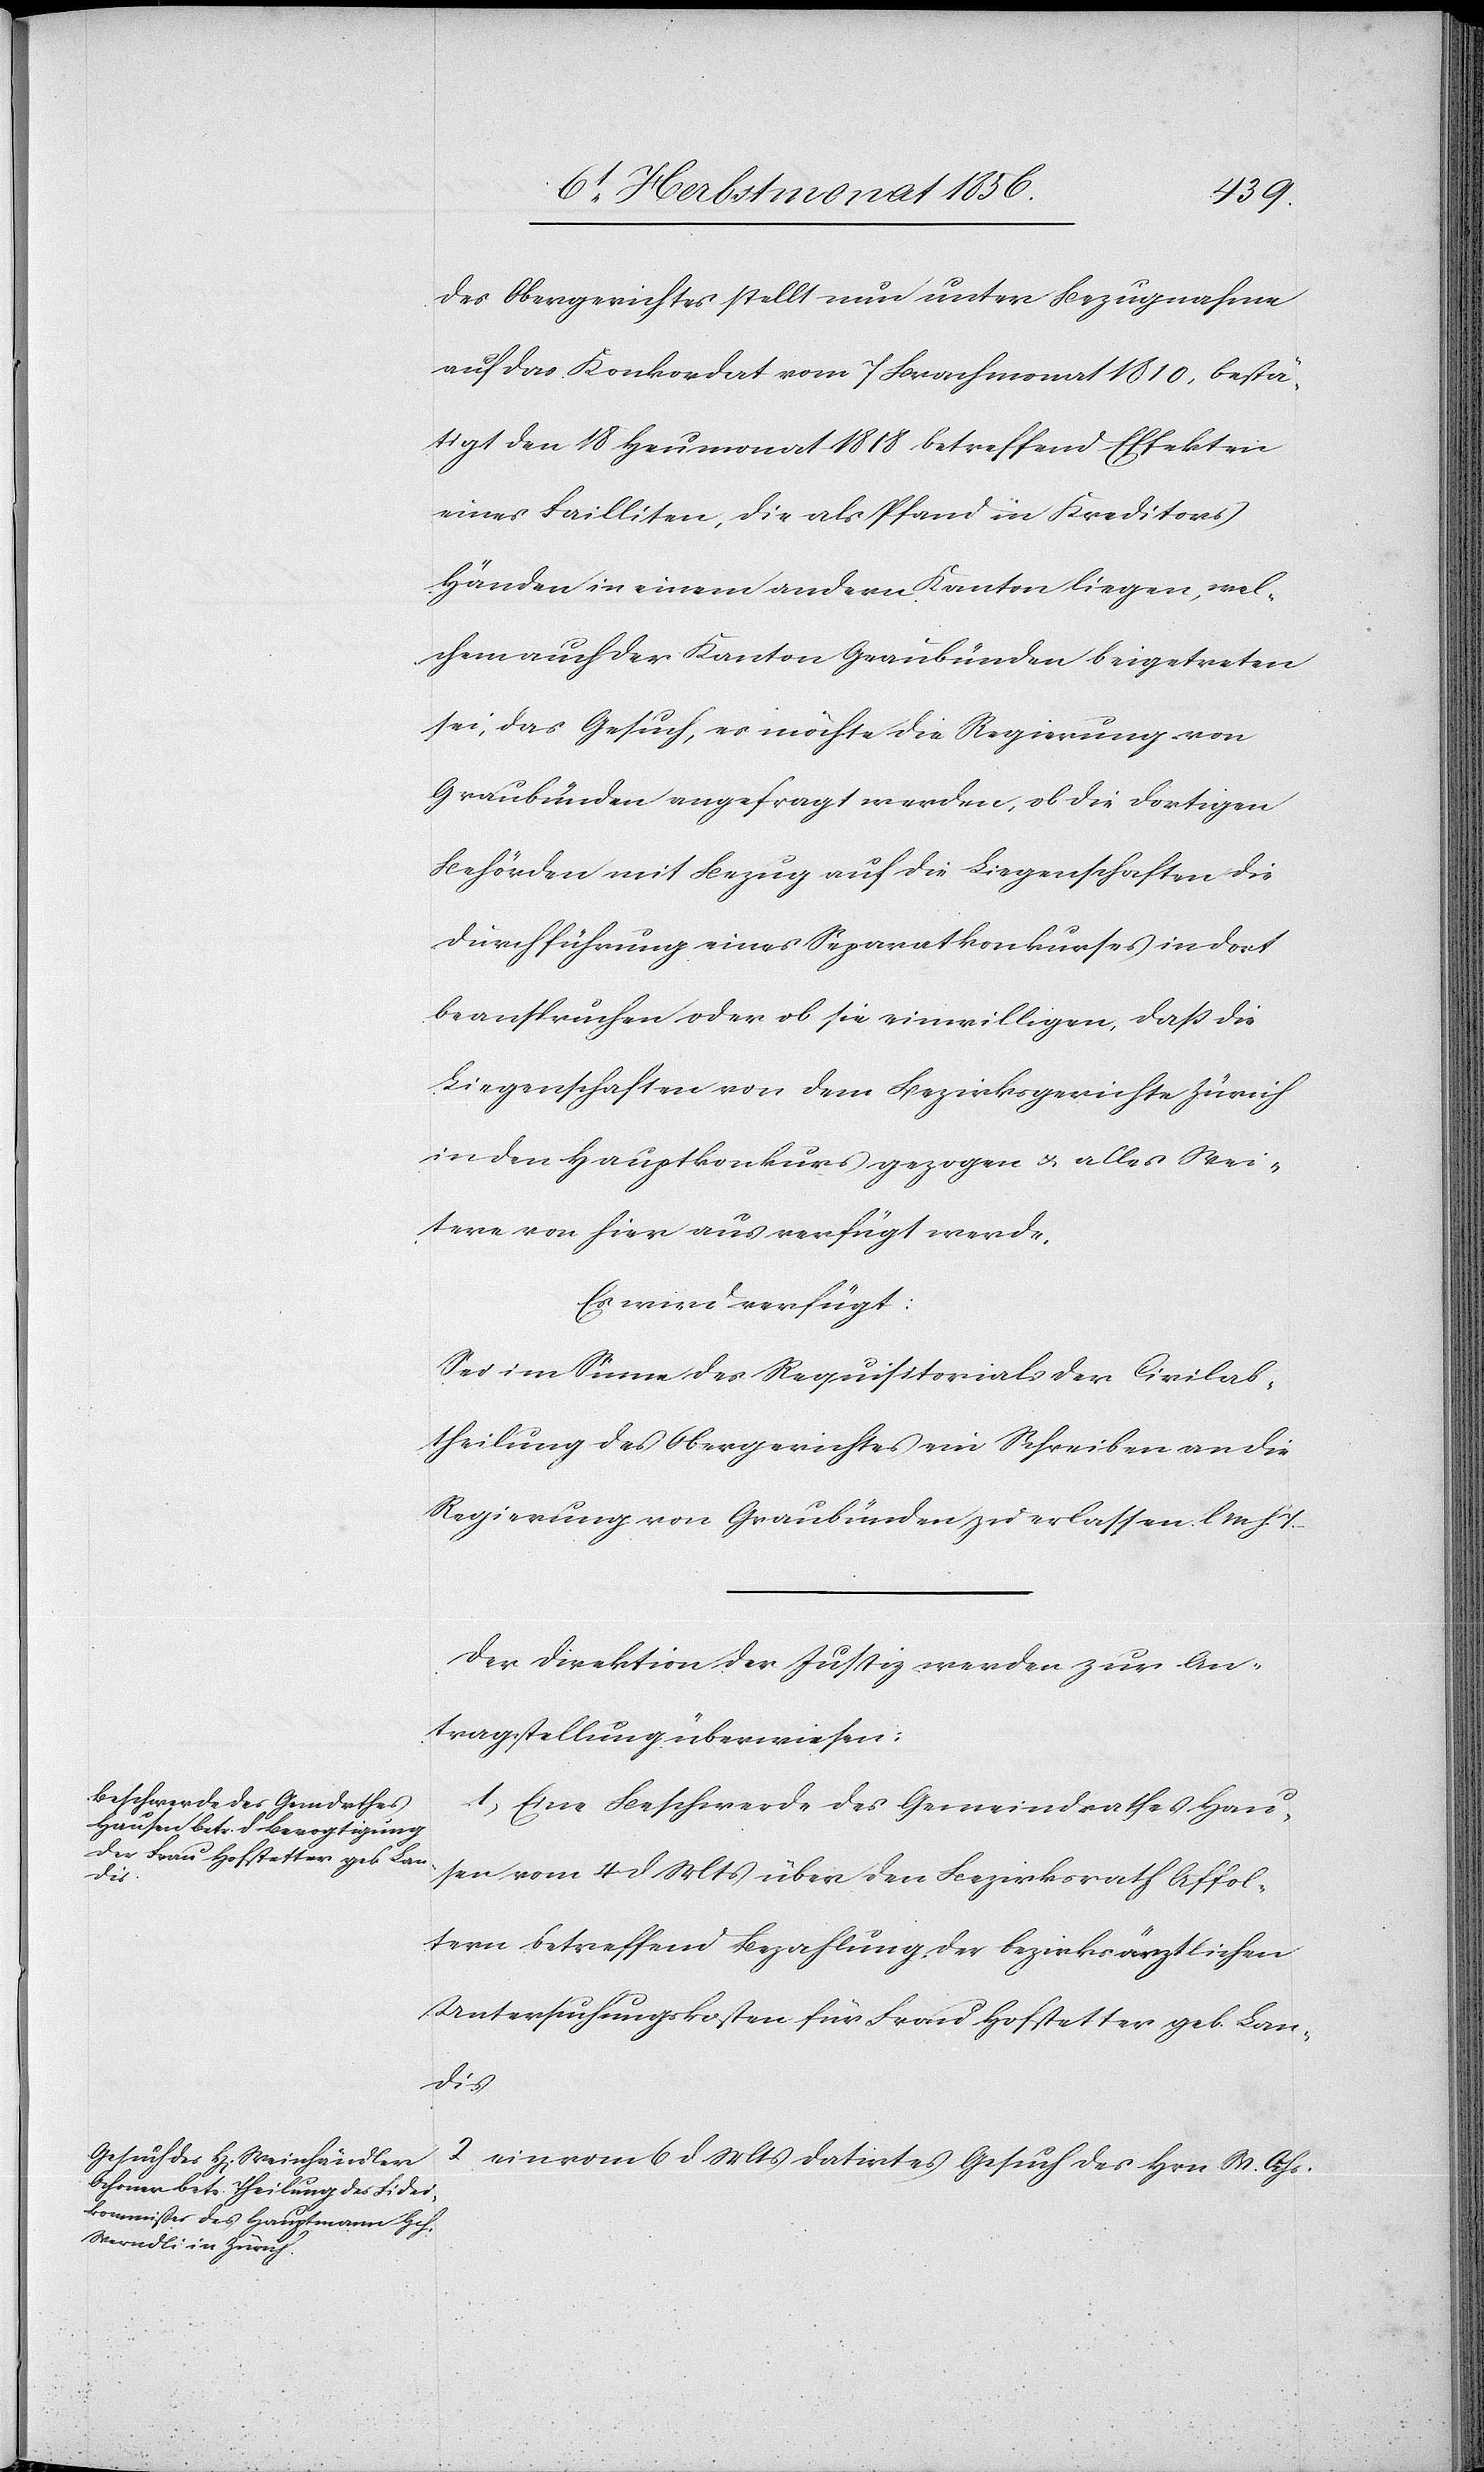
8t Herbstmonat 1856.]
des Obergerichtes stellt nun unter Bezugnahme
auf das Konkordat vom 7 Brachmonat 1810, bestä¬
tigt den 18 Heumonat 1818 betreffend Effekten
eines Failliten, die als Pfand in Kreditors
Händen in einem andern Kanton liegen, wel¬
chem auch der Kanton Graubünden beigetreten
sei, das Gesuch, es möchte die Regierung von
Graubünden angefragt werden, ob die dortigen
Behörden mit Bezug auf die Liegenschaften die
Durchführung eines Separatkonkurses in dort
beanspruchen oder ob sie einwilligen, dass die
Liegenschaften von dem Bezirksgerichte Zürich
in den Hauptkonkurs gezogen u. alles Wei¬
tere von hier aus verfügt werde.
Es wird verfügt:
Sei im Sinne des Requisitorials der Civilab¬
theilung des Obergerichtes ein Schreiben an die
Regierung von Graubünden zu erlassen. l M h T.
Der Direktion der Justiz werden zur An¬
tragstellung überwiesen:
1) Eine Beschwerde des Gemeindrathes Hau¬
sen vom 4 d Mts über den Bezirksrath Affol¬
tern betreffend Bezahlung der bezirksärztlichen
Untersuchungskosten für Frau Hofstetter geb. Lan¬
den
2) ein vom 6 d Mts datirtes Gesuch des Hrn W. Ochs-